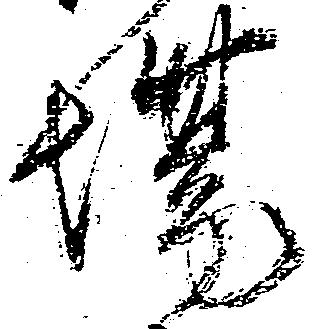
場